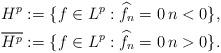
LaTeX: \begin{align*} \begin{aligned} H^p:=\{ f\in L^p: \widehat{f}_n=0 \, n <0\}, \\ \overline{H^p}:=\{ f\in L^p: \widehat{f}_n=0 \, n >0\}.\end{aligned}\end{align*}